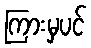
ကြားမှပင်